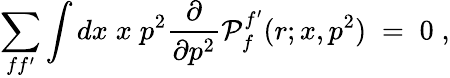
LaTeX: \sum_{ff^{\prime}}\int dx\; x\; p^{2}\frac{\partial}{\partial p^{2}}{\cal P}_{f}^{f^{\prime}}(r;x,p^{2})\; =\; 0\; ,